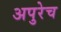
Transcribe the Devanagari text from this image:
अपुरेच